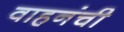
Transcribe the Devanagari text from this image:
वाहनंची